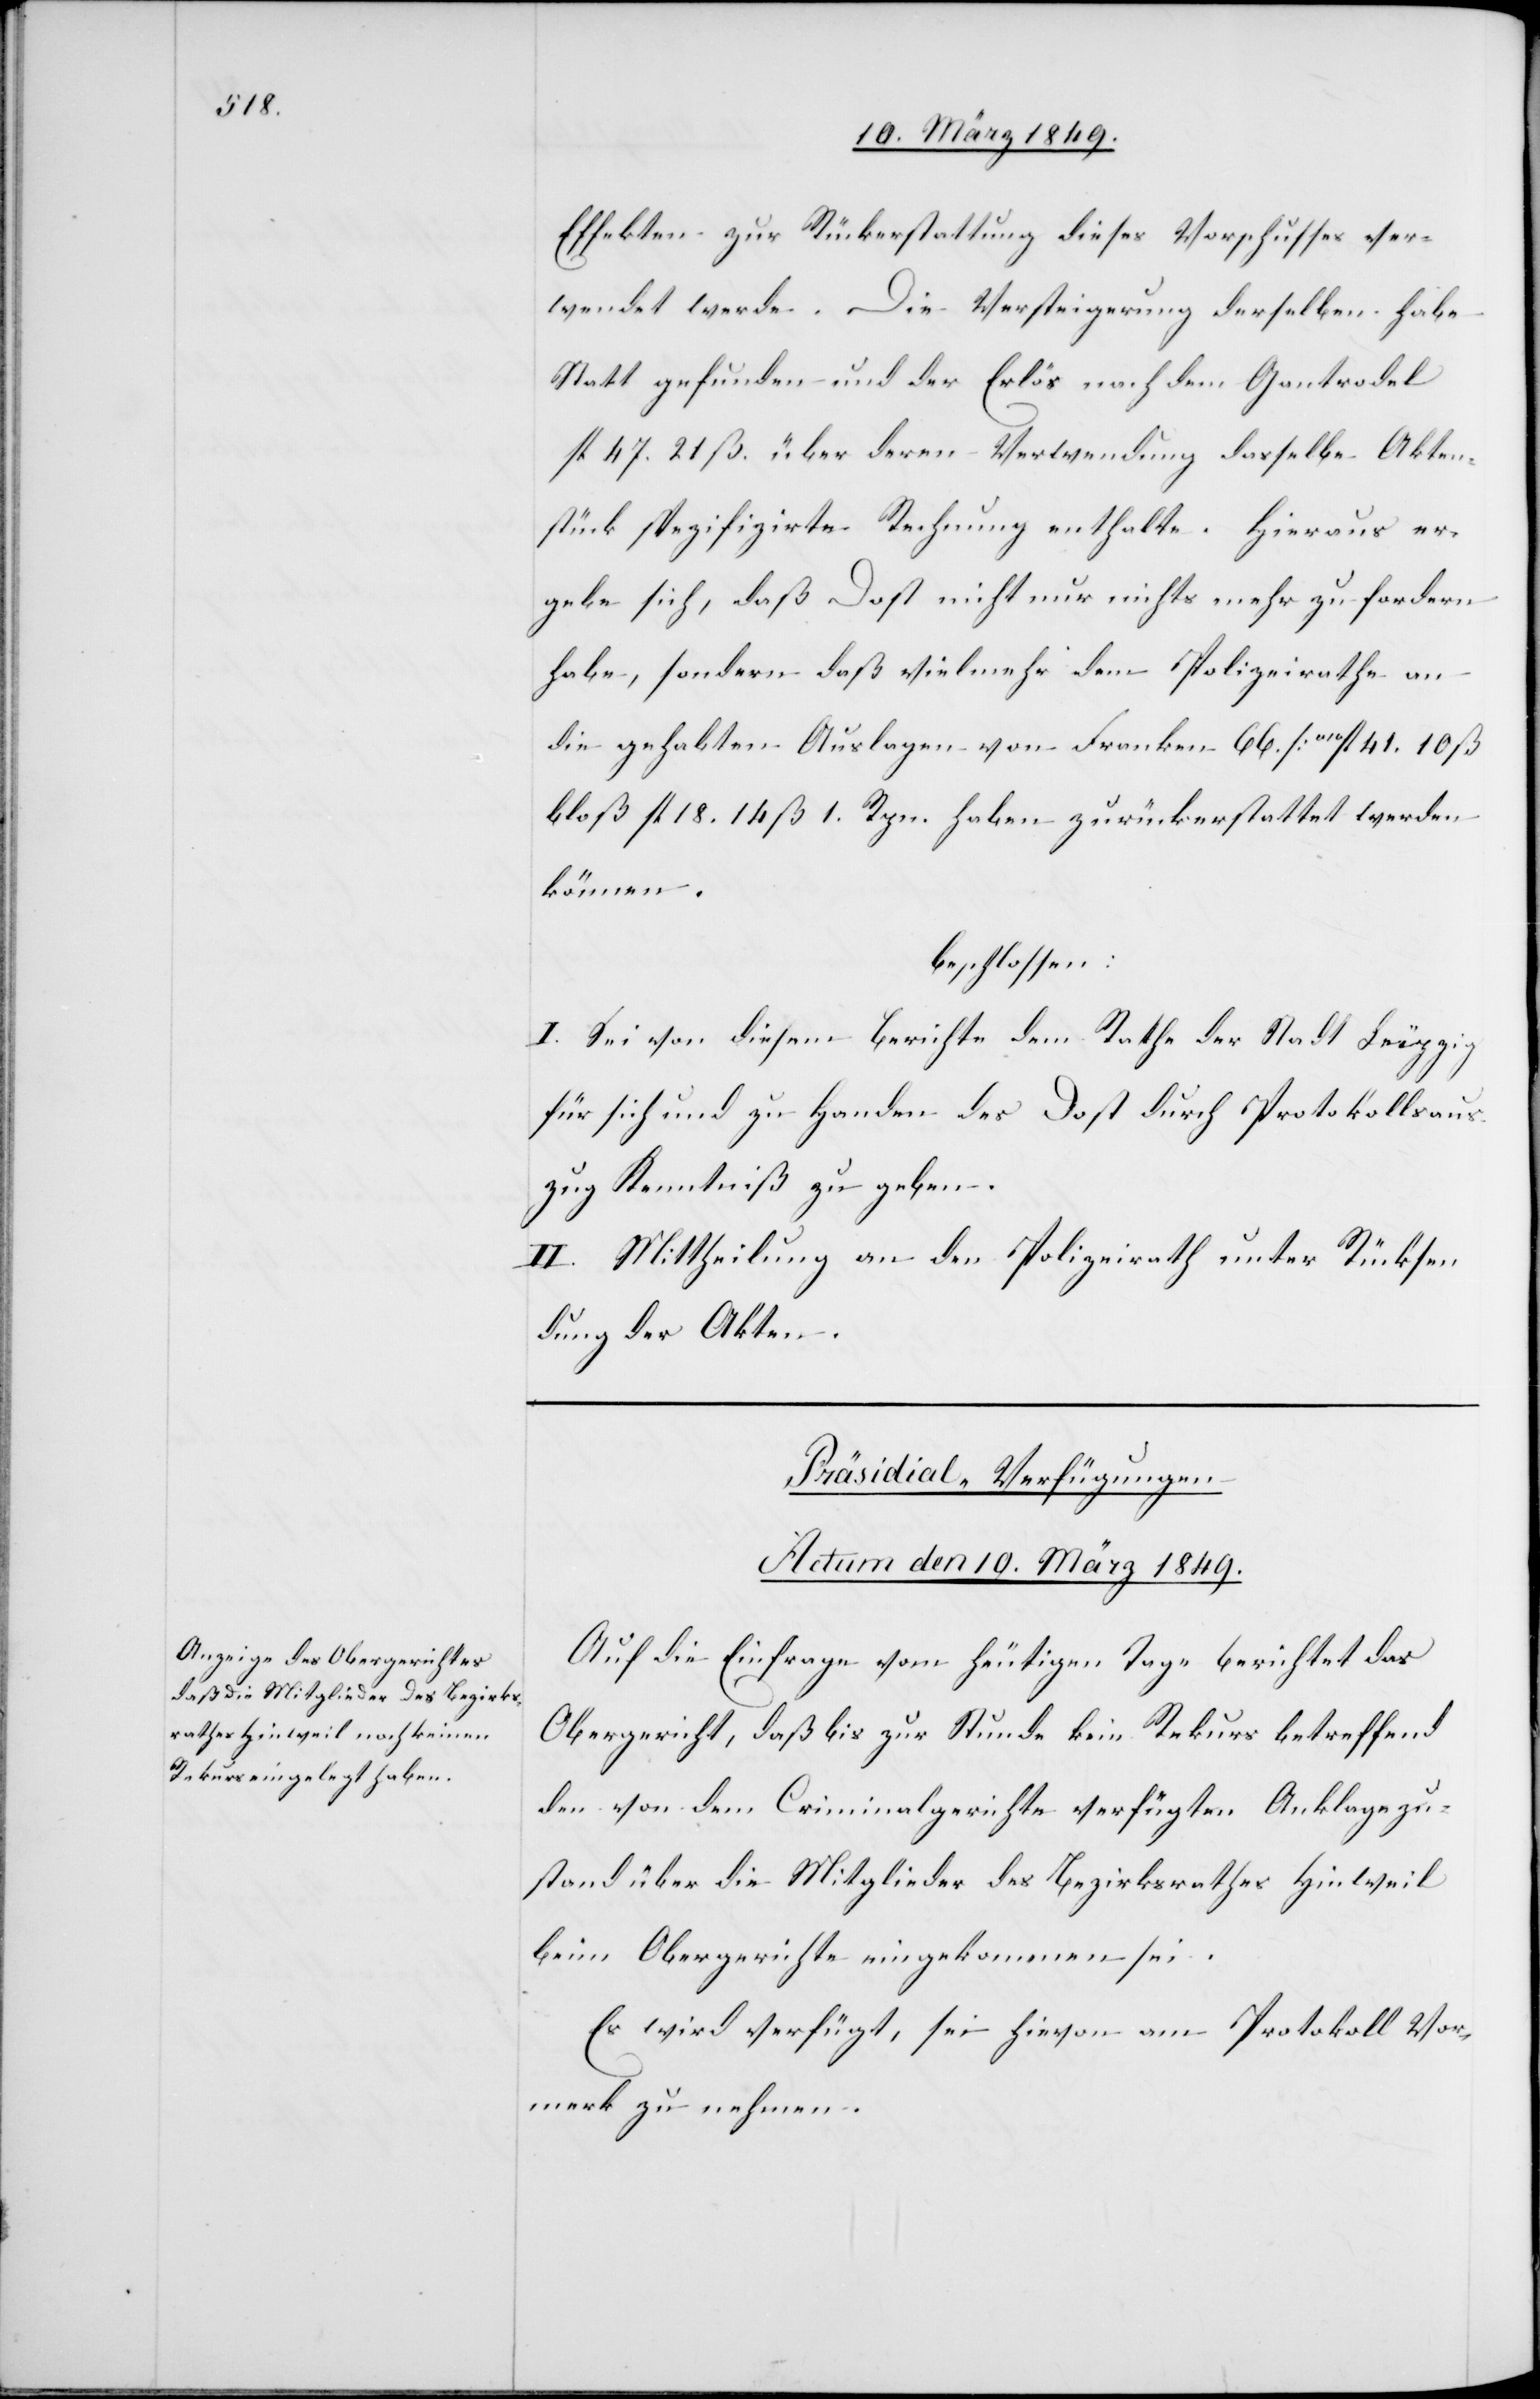
Effekten zur Rückerstattung dieses Vorschusses ver¬
wendet werde. Die Versteigerung derselben habe
Statt gefunden und der Erlös nach dem Gantrodel
fl. 47. 21 ß. über deren Verwendung dasselbe Akten¬
stück spezifizirte Rechnung enthalte. Hieraus er¬
gebe sich, daß Dost nicht nur nichts mehr zu fordern
habe, sondern daß vielmehr dem Polizeirathe an
die gehabten Auslagen von Franken 66. [a10fl. 41. 10.
bloß fl. 18. 14 ß 1. Rpn. haben zurückerstattet werden
können.
beschlossen:
I. Sei von diesem Berichte dem Rathe der Stadt Leipzig
für sich und zu Handen des Dost durch Protokollsaus¬
zug Kenntniß zu geben.
II. Mittheilung an den Polizeirath unter Rücksen¬
dung der Akten.
Präsidial-Verfügungen
Actum den 10. März 1849.
Auf die Einfrage vom heutigen Tage berichtet das
Obergericht, daß bis zur Stunde kein Rekurs betreffend
den von dem Criminalgerichte verfügten Anklagezu¬
stand über die Mitglieder des Bezirksrathes Hinweil
beim Obergerichte eingekommen sei.
Es wird verfügt, sei hievon am Protokoll Vor¬
merk zu nehmen.